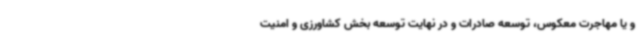
و یا مهاجرت معکوس، توسعه صادرات و در نهایت توسعه بخش کشاورزی و امنیت